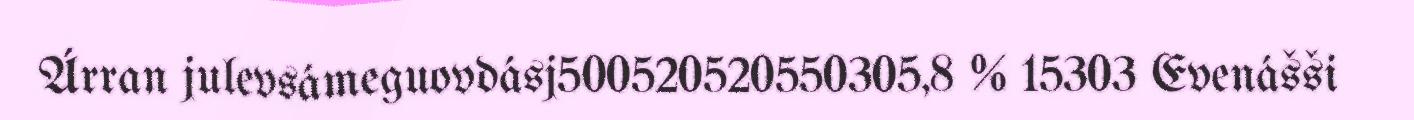
Árran julevsámeguovdásj500520520550305,8 % 15303 Evenášši